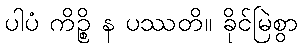
ပါပံ ကိဉ္စိ န ပဿတိ။ ခိုင်မြဲစွာ